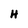
Character: H